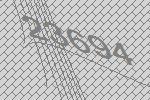
23694